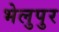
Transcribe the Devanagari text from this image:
भेलुपुर